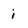
Character: i